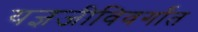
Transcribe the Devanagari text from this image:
यज्ञजीविवर्गांत